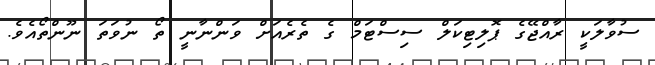
ސުވާލަކީ ރާއްޖޭގެ ޕޮލިޓިކަލް ސިސްޓަމް ގެ ތެރެއަށް ވަންނާނީ ތޯ ނުވަތަ ނޫންތޯއެވެ.